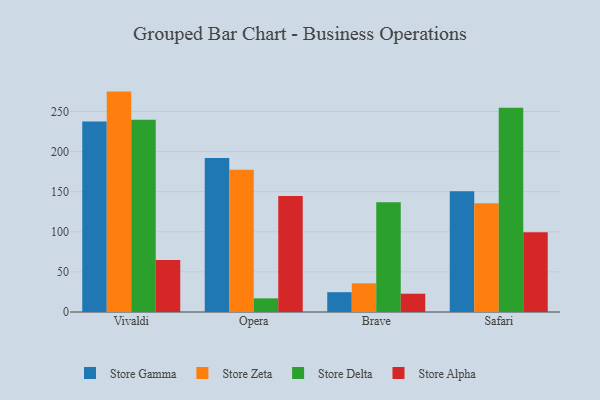
{"axis": {"x": "Browser", "y": "Temperature (°C)"}, "legend": ["Store Alpha", "Store Delta", "Store Gamma", "Store Zeta"], "data": [{"x": "Vivaldi", "y": 237.5, "type": "Store Gamma"}, {"x": "Vivaldi", "y": 274.8, "type": "Store Zeta"}, {"x": "Vivaldi", "y": 239.7, "type": "Store Delta"}, {"x": "Vivaldi", "y": 64.9, "type": "Store Alpha"}, {"x": "Opera", "y": 192.1, "type": "Store Gamma"}, {"x": "Opera", "y": 177.5, "type": "Store Zeta"}, {"x": "Opera", "y": 17.0, "type": "Store Delta"}, {"x": "Opera", "y": 144.5, "type": "Store Alpha"}, {"x": "Brave", "y": 24.7, "type": "Store Gamma"}, {"x": "Brave", "y": 35.8, "type": "Store Zeta"}, {"x": "Brave", "y": 136.9, "type": "Store Delta"}, {"x": "Brave", "y": 22.8, "type": "Store Alpha"}, {"x": "Safari", "y": 150.4, "type": "Store Gamma"}, {"x": "Safari", "y": 135.5, "type": "Store Zeta"}, {"x": "Safari", "y": 254.6, "type": "Store Delta"}, {"x": "Safari", "y": 99.3, "type": "Store Alpha"}]}